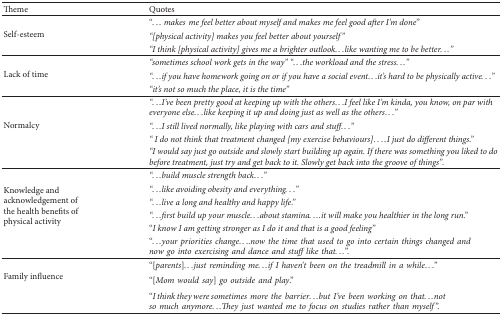
| Theme | Quotes |
 | --- | --- |
 | <ROWSPAN=3> Self-esteem | “...makesme feel better about myself and makes me feel good after I'm done” |
 | “[physical activity] makes you feel better about yourself” |
 | “I think [physical activity] gives me a brighter outlook...like wanting me to be better...” |
 | <ROWSPAN=3> Lack of time | “sometimes school work gets in the way” “...the workload and the stress...” |
 | “...if you have homework going on or if you have a social event...it's hard to be physically active...” |
 | “it's not so much the place, it is the time” |
 | <ROWSPAN=4> Normalcy | “...I've been pretty good at keeping up with the others...I feel like I'm kinda, you know, on par with everyone else...like keeping it up and doing just as well as the others...” |
 | “...I still lived normally, like playing with cars and stuff...” |
 | “ I do not think that treatment changed [my exercise behaviours]. ...I just do different things.” |
 | “I would say just go outside and slowly start building up again. If there was something you liked to do before treatment, just try and get back to it. Slowly get back into the groove of things”. |
 | <ROWSPAN=6> Knowledge and acknowledgement of the health benefits of physical activity | “...build muscle strength back...” |
 | “...like avoiding obesity and everything...” |
 | “...live a long and healthy and happy life.” |
 | “...first build up your muscle...about stamina....it will make you healthier in the long run.” |
 | “I know I am getting stronger as I do it and that is a good feeling” |
 | “...yourprioritieschange....nowthetimethatusedtogointocertainthingschangedandnowgointoexercisinganddanceandstufflikethat...”. |
 | <ROWSPAN=3> Family influence | “[parents]...justremindingme...ifIhaven'tbeenonthetreadmillinawhile...” |
 | “[Momwouldsay]gooutsideandplay.” |
 | “I think they were sometimesmorethebarrier...butI'vebeenworkingonthat...notsomuchanymore...Theyjustwantedmetofocusonstudiesratherthanmyself”. |